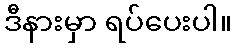
ဒီနားမှာ ရပ်ပေးပါ။